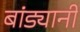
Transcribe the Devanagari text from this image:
बांड्यानी